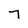
Character: T